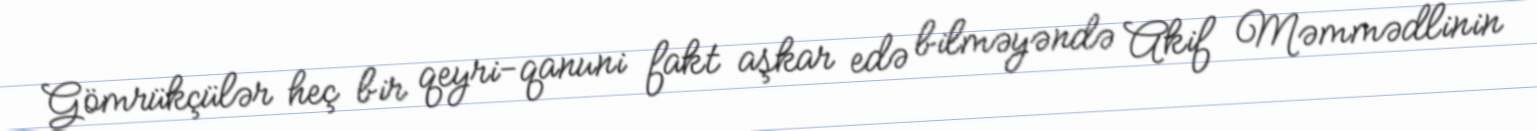
Gömrükçülər heç bir qeyri-qanuni fakt aşkar edə bilməyəndə Akif Məmmədlinin